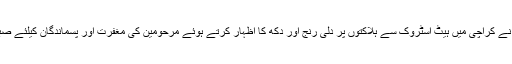
دریں اثناء صوبائی امیر نے کراچی میں ہیٹ اسٹروک سے ہلاکتوں پر دلی رنج اور دکھ کا اظہار کرتے ہوئے مرحومین کی مغفرت اور پسماندگان کیلئے صبر جمیل کی دعا کی ہے۔